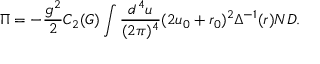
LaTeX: \Pi = - \frac { g ^ { 2 } } { 2 } C _ { 2 } ( G ) \int \frac { d ^ { 4 } u } { ( 2 \pi ) ^ { 4 } } ( 2 u _ { 0 } + r _ { 0 } ) ^ { 2 } \Delta ^ { - 1 } ( r ) N D .